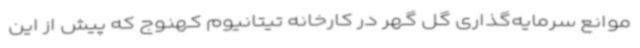
موانع سرمایه‌گذاری گل گهر در کارخانه تیتانیوم کهنوج که پیش از این